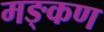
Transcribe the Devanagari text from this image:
मङ्कण